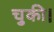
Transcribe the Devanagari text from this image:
चुकी।